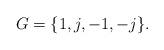
LaTeX: \begin{align*}G = \{1, j, -1, -j\}.\end{align*}